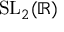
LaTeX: \mathrm { S L } _ { 2 } ( \mathbb { R } )